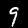
Label: 9